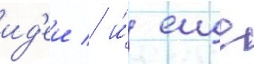
ид'еи / и́ еще